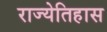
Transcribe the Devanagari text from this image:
राज्येतिहास